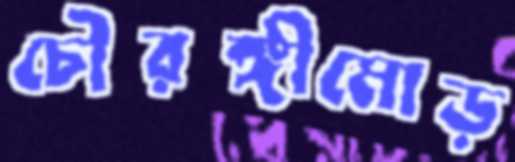
চৌরঙ্গীমোড়